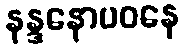
နန္ဒနောပဝနေ